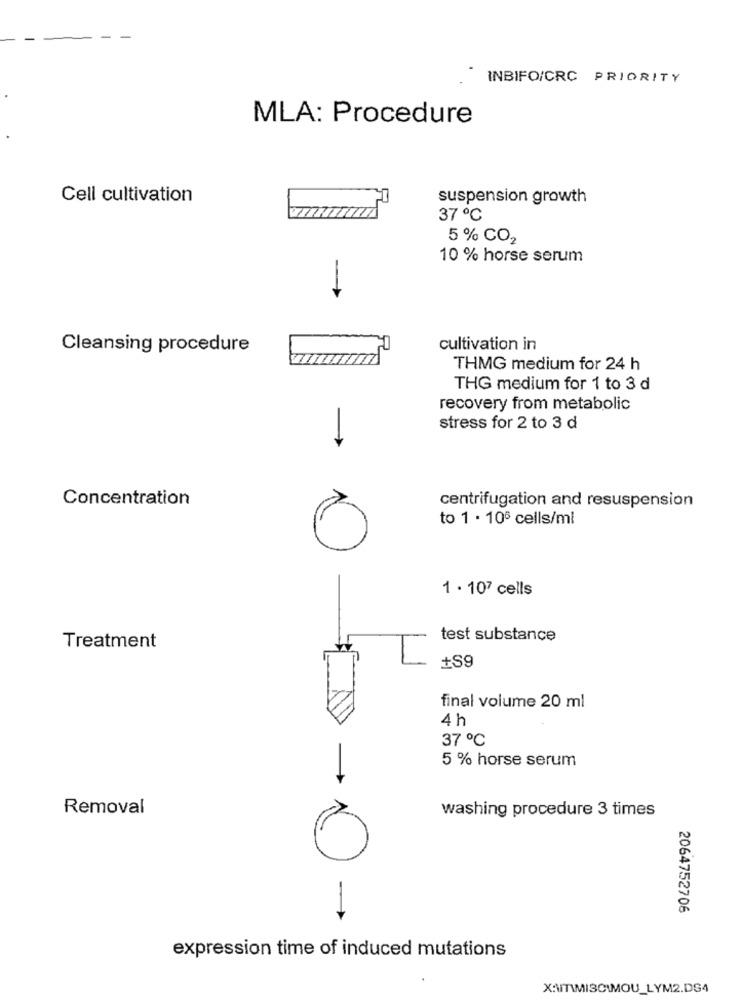
INBIFO/CRC PRIORITY
MLA: Procedure
Cell cultivation
suspension growth
37 ℃
5 % CO2
10 % horse serum
-+
Cleansing procedure
cultivation in
THMG medium for 24 h
THG medium for 1 to 3 d
recovery from metabolic
stress for 2 to 3 d
Concentration
centrifugation and resuspension
to 1 · 106 cells/ml
1 . 107 cells
test substance
Treatment
+S9
final volume 20 ml
4 h
37 ℃
5 % horse serum
Removal
washing procedure 3 times
2064752706
expression time of induced mutations
X:\T\MISC\MOU_LYM2.DG4